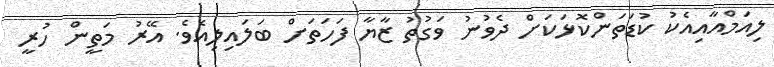
ލިއަމްއާއިއެކު ކުޑަތަންކޮޅަކަށް ދެވުނު ވަގުތު ޒާޔާ ފަހަތަށް ބަލައިލިއެވެ. އޭރު މަތީން ހުރީ